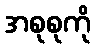
အစုစုကို